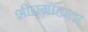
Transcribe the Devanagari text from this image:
शीघ्रग्राह्यता